Civil Veterinary Dept. Bombay admin report 1900-1906 - 1900-1906
Year: 1900
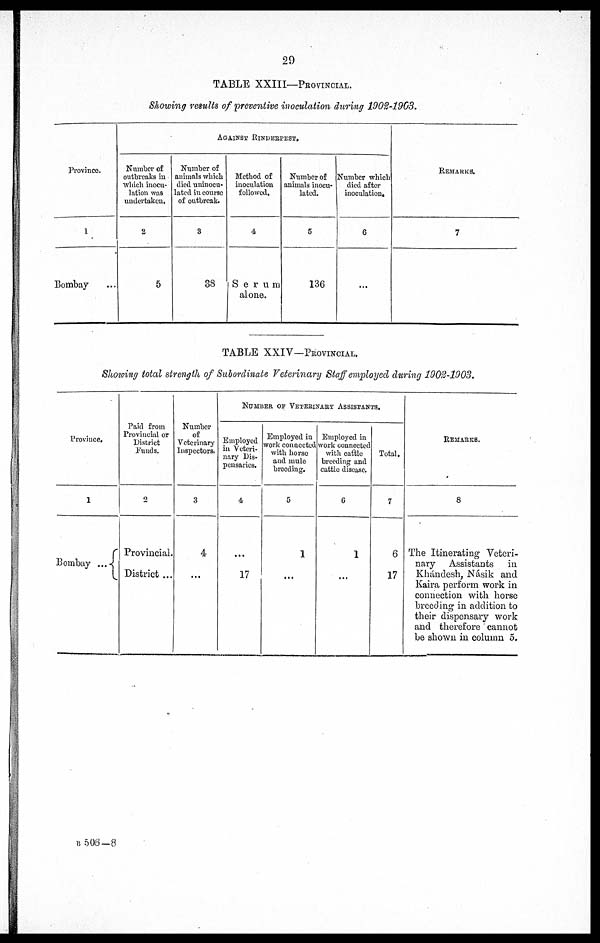
29
TABLE XXIII—PROVINCIAL.
Showing results of preventive inoculation during 1902-1903.
Province.
1
Bombay …
AGAINST RINDERPEST.
Number of
outbreaks in
which inocu-
lation was
undertaken.
2
5
Number of
animals which
died uninocu-
lated in course
of outbreak.
3
38
Method of
inoculation
followed.
4,
S e r u m
alone.
Number of
animals inocu-
lated.
5
136
Number which
died after
inoculation.
6
REMARKS.
7
TABLE XXIV—PROVINCIAL.
Showing total strength of Subordinate Veterinary Staff employed during 1902-1903.
Province.
1
Bombay ...
Paid from
Provincial or
District
Funds.
2
Provincial.
District ...
Number
of
Veterinary
Inspectors.
3
4
...
NUMBER OF VETERINARY ASSISTANTS.
Employed
in Veteri-
nary Dis-
pensaries.
4,
…
17
Employed in
work connected
with horse
and mule
breeding.
5
1
…
Employed in
work connected
with cattle
breeding and
cattle disease.
6
1
…
Total.
7
6
17
REMARKS.
8
The Itinerating Veteri-
nary Assistants
in
Khándesh, Násik and
Kaira perform work in
connection with horse
breeding in addition to
their dispensary work
and therefore cannot
be shown in column 5.
B 506-8